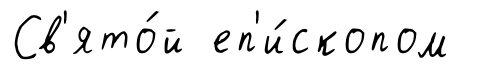
Св'ято́й еп'и́скопом